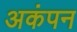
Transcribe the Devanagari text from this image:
अकंपन